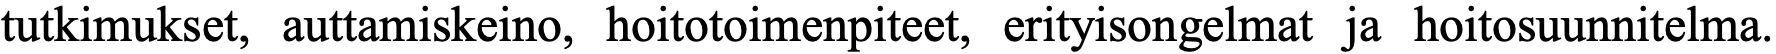
tutkimukset, auttamiskeino, hoitotoimenpiteet, erityisongelmat ja hoitosuunnitelma.